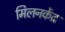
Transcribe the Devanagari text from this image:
मिलनकेंद्र